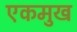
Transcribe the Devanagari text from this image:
एकमुख